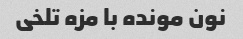
نون مونده با مزه تلخی